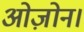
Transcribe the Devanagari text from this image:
ओज़ोन।